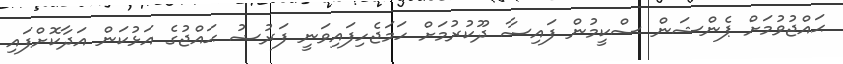
ޙައްޖުވުމަށް ޕެންޝަން ސްކީމުން ފައިސާ ދޫކުރުމަށް ހަމަޖެހިފައިވަނީ ފަރުޟު ޙައްޖުގެ އަޅުކަން އަދާކޮށްފައި